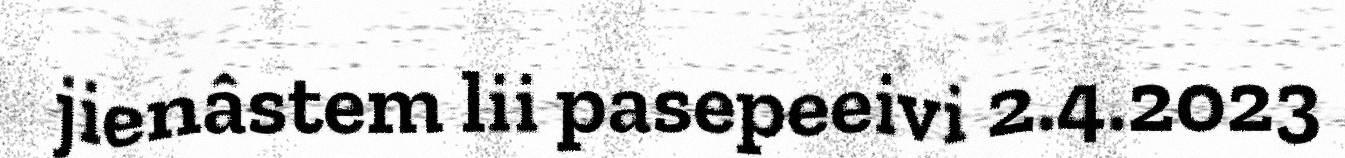
jienâstem lii pasepeeivi 2.4.2023